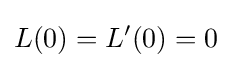
L(0)=L'(0)=0